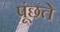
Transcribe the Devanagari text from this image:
पूंछते